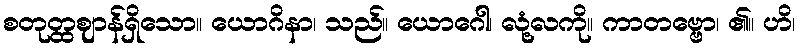
စတုတ္ထဈာန်ရှိသော။ ယောဂိနာ၊ သည်။ ယောဂေါ၊ လုံ့လကို။ ကာတဗ္ဗော၊ ၏။ ဟိ၊